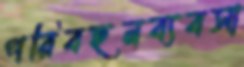
পরিবহনব্যবসা